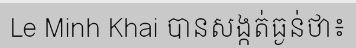
Le Minh Khai បានសង្កត់ធ្ងន់ថា៖